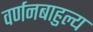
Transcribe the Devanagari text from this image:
वर्णनबाहुल्य